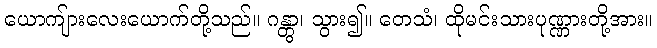
ယောကျ်ားလေးယောက်တို့သည်။ ဂန္တွာ၊ သွား၍။ တေသံ၊ ထိုမင်းသားပုဏ္ဏားတို့အား။